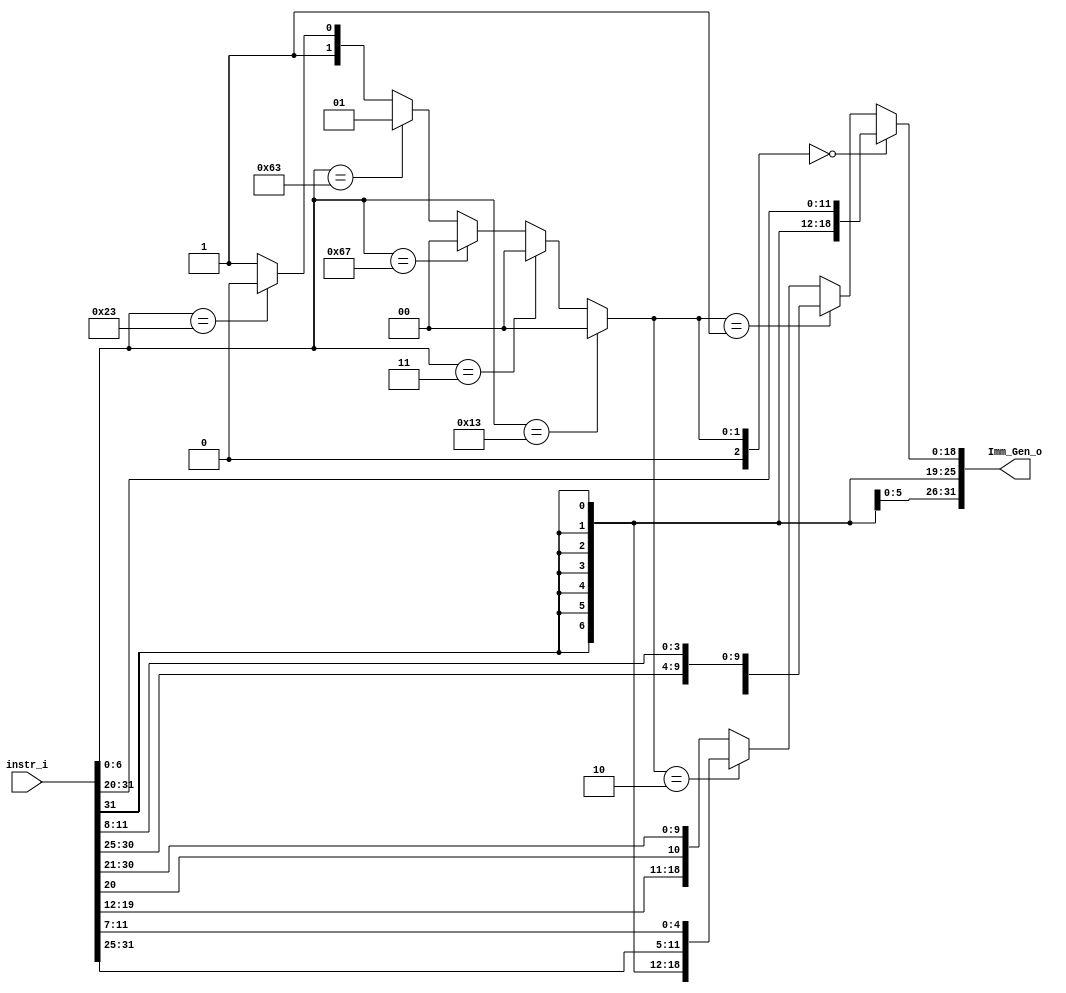
/***************************************************
Student Name: 
Student ID: 
***************************************************/

`timescale 1ns/1ps

module Imm_Gen(
	input  [31:0] instr_i,
	output [31:0] Imm_Gen_o
	);

/* Write your code HERE */
wire [7-1:0] opcode;
assign opcode=instr_i[7-1:0];
wire [32-1:0] rtype;
wire [32-1:0] itype;
wire [32-1:0] btype;
wire [32-1:0] stype;
wire [32-1:0] jtype;
wire [2:0]type;

//itype=0 btype=1 stype=2 jtype=3
assign type=(opcode==7'b0010011)?0:
				(opcode==7'b0000011)?0:
				(opcode==7'b1100111)?0:
				(opcode==7'b1100011)?1:
				(opcode==7'b0100011)?2:
				3;
assign itype[12-1:0]=instr_i[31:20];
assign itype[31:12]={20{instr_i[31]}};

assign btype[11]=instr_i[31];
assign btype[10]=instr_i[7];
assign btype[9:4]=instr_i[30:25];
assign btype[3:0]=instr_i[11:8];
assign btype[31:12]={20{instr_i[31]}};

assign stype[11:5]=instr_i[31:25];
assign stype[4:0]=instr_i[11:7];
assign stype[31:12]={20{instr_i[31]}};

assign jtype[9:0]=instr_i[30:21];
assign jtype[10]=instr_i[20];
assign jtype[18:11]=instr_i[19:12];
assign jtype[19]=instr_i[31];
assign jtype[31:20]={12{instr_i[31]}};

assign Imm_Gen_o=(type==0)?itype:
					  (type==1)?btype:
					  (type==2)?stype:
					  jtype;

endmodule